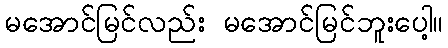
မအောင်မြင်လည်း မအောင်မြင်ဘူးပေါ့။